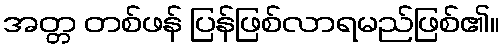
အတ္တ တစ်ဖန် ပြန်ဖြစ်လာရမည်ဖြစ်၏။